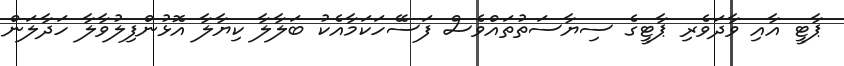
ޕާޓީ އާއި ވާދަވެރި ޕާޓީގެ ސިޔާސަތުތައްވެސް ފަސޭހަކަމާއެކު ބަލާލާ ކިޔާލާ އޮޅުންފިލުވާލާ ހަދާލަން